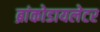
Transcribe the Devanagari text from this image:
ब्रांकोडायलेटर